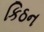
કિઠન